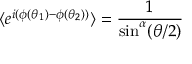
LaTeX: \langle e ^ { i ( \phi ( \theta _ { 1 } ) - \phi ( \theta _ { 2 } ) ) } \rangle = \frac 1 { \sin ^ { \alpha } ( \theta / 2 ) }